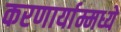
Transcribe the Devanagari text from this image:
करणार्याम्मध्ये